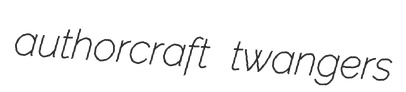
authorcraft twangers